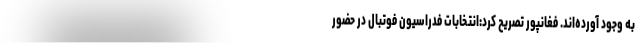
به وجود آورده‌اند. فغانپور تصریح کرد:انتخابات فدراسیون فوتبال در حضور